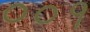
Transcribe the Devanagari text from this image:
००१